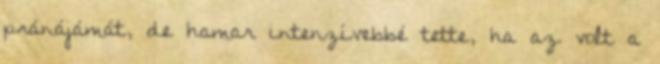
pránájámát, de hamar intenzívebbé tette, ha az volt a